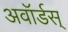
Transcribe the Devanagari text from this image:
अवॉर्डस्